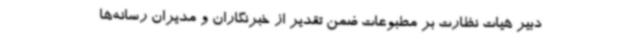
دبیر هیات نظارت بر مطبوعات ضمن تقدیر از خبرنگاران و مدیران رسانه‌ها